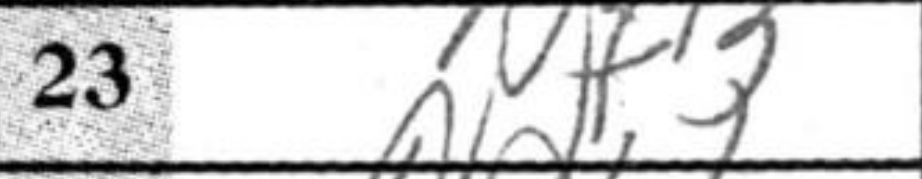
Transcription: Nf3